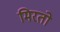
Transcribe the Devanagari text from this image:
मिरतो